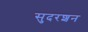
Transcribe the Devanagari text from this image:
सुदरशन